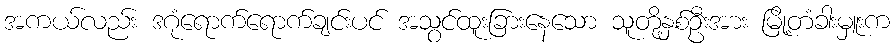
အကယ်လည်း ဒဂုံရောက်ရောက်ချင်းပင် အသွင်ထူးခြားနေသော သူတို့နှစ်ဦးအား မြို့တံခါးမှူးက